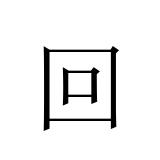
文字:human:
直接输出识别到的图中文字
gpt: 回